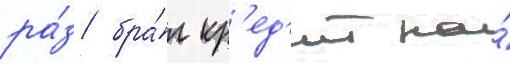
ра́з бра́л кр'ед'ит на́